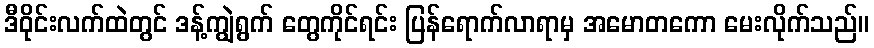
ဒီဝိုင်းလက်ထဲတွင် ဒန့်ကျွဲရွက် တွေကိုင်ရင်း ပြန်ရောက်လာရာမှ အမောတကော မေးလိုက်သည်။